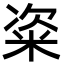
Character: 粢